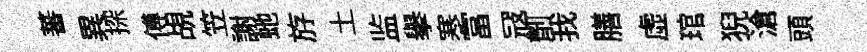
蕃異探傅覘笠謝虵斿土监舉寒富冦劑我膳虚琯猊滄頭